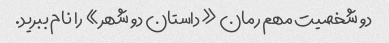
دو شخصیت مهم رمان «داستان دو شهر» را نام ببرید.